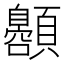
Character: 𱂞